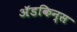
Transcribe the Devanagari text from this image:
अॅडकिन्स